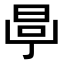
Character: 𣆪